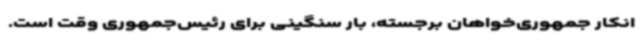
انکار جمهوری‌خواهان برجسته، بار سنگینی برای رئیس‌جمهوری وقت است.